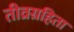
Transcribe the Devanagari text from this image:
तीव्रग्रहिता